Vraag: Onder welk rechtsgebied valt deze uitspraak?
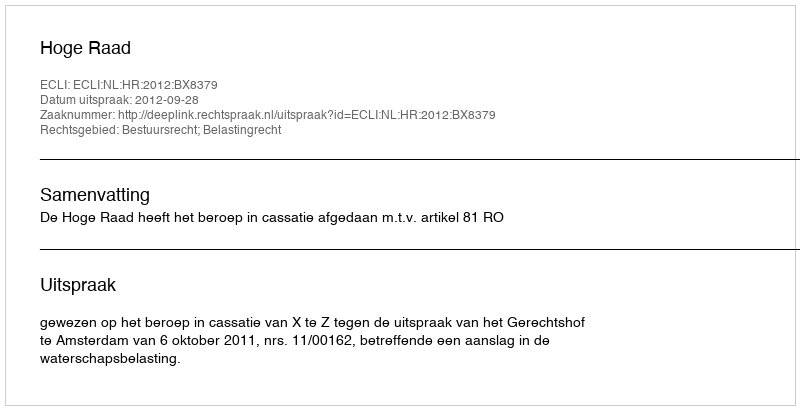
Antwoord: Bestuursrecht; Belastingrecht